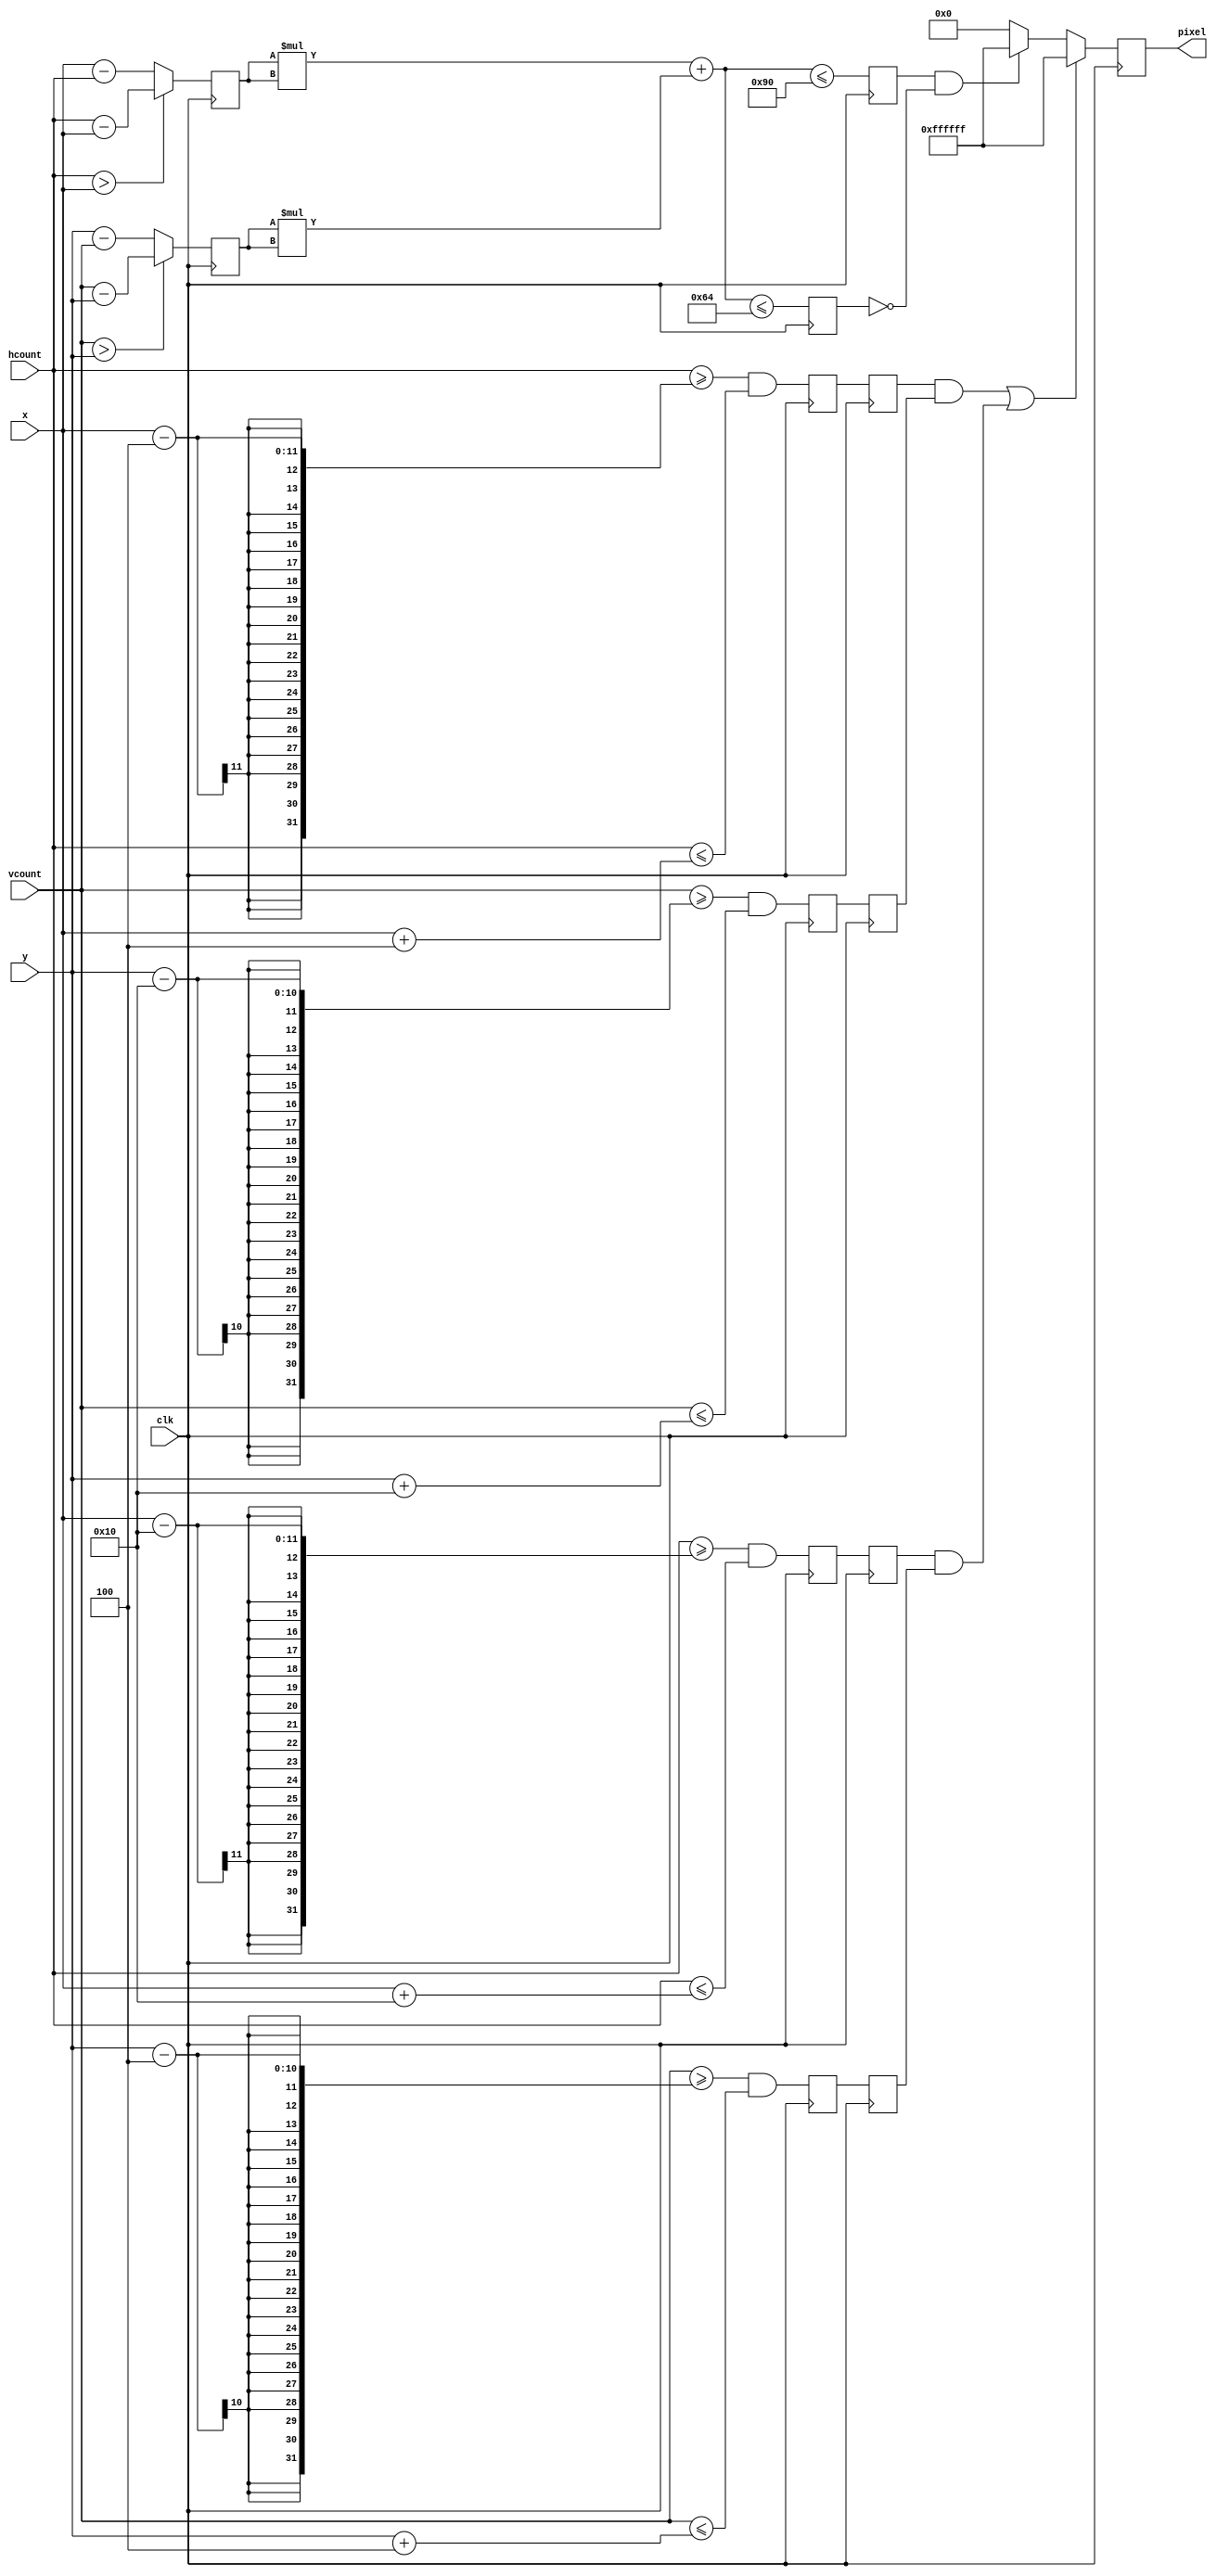
//////
//Module to display the bullet mark
//Mubarik Mohamoud
///////

module hit #(parameter HEIGHT = 16, WIDTH = 4, RADIUS=12, RADIUS1=10, COLOR = 24'hFFFFFF)
  		(input clk, input [10:0] x, hcount, input [9:0] y, vcount, output reg [23:0] pixel);
   initial begin 
   pixel<=0;
   end 
		
   reg constrnt_x1[1:0], constrnt_x2[1:0], constrnt_y1[1:0], constrnt_y2[1:0],c_constrnt,c_constrnt1;
   reg [10:0] deltax;
   reg [9:0] deltay;

   always @(posedge clk) begin 
     deltax <= (hcount > x) ? (hcount-x) : (x-hcount);
     deltay <= (vcount>y)?(vcount-y): (y-vcount);
			
     c_constrnt<=(deltax*deltax+deltay*deltay<= RADIUS*RADIUS);
     c_constrnt1<=(deltax*deltax+deltay*deltay<= RADIUS1*RADIUS1);
			
     {constrnt_x1[1],constrnt_x1[0]} <= {constrnt_x1[0],((hcount>=x-WIDTH)&(hcount<=x+WIDTH))};
     {constrnt_x2[1],constrnt_x2[0]} <= {constrnt_x2[0],((hcount>=x-HEIGHT)&(hcount<=x+HEIGHT))};

     {constrnt_y1[1],constrnt_y1[0]} <= {constrnt_y1[0],((vcount>=y-HEIGHT)&(vcount<=y+HEIGHT))};
     {constrnt_y2[1],constrnt_y2[0]} <= {constrnt_y2[0],((vcount>=y-WIDTH)&(vcount<=y+WIDTH))};
			
			
     if ((constrnt_x1[1]&&constrnt_y1[1])||(constrnt_x2[1]&&constrnt_y2[1])) pixel <= COLOR;
     else if(c_constrnt&~c_constrnt1) pixel <= COLOR;
     else pixel<=0;

  end
endmodule